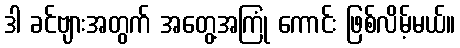
ဒါ ခင်ဗျားအတွက် အတွေ့အကြုံ ကောင်း ဖြစ်လိမ့်မယ်။